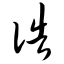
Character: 诰